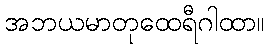
အဘယမာတုထေရီဂါထာ။